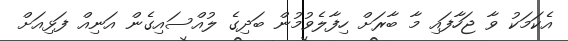
އެކަމަކު ވާ ޖަހާފައި މާ ބާރަށް ހިފާލެވުމުން ބަދިގެ ލުއްސައިގެން އަނިއް ފަޅިއަށް